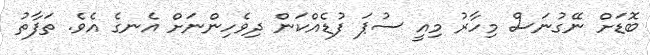
ބޮޑަށް ނޭގުނަސް މިހާރު މިއީ ސުޕަ ފުޑެއްކަން ދިވެހިންނަށް އެނގެ އެވެ. ތަފާތު